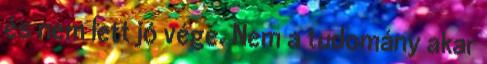
és nem lett jó vége. Nem a tudomány akar